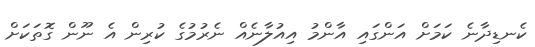
ކެނޑިދާނެ ކަމަށް އަންގައި އާންމު އިއުލާނެއް ނެރުމުގެ ކުރިން އެ ނޫން ގޮތަކަށް